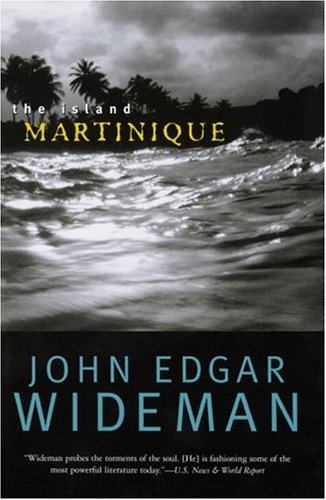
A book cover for The Island Martinique (National Geographic Directions); John Edgar Wideman; Travel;